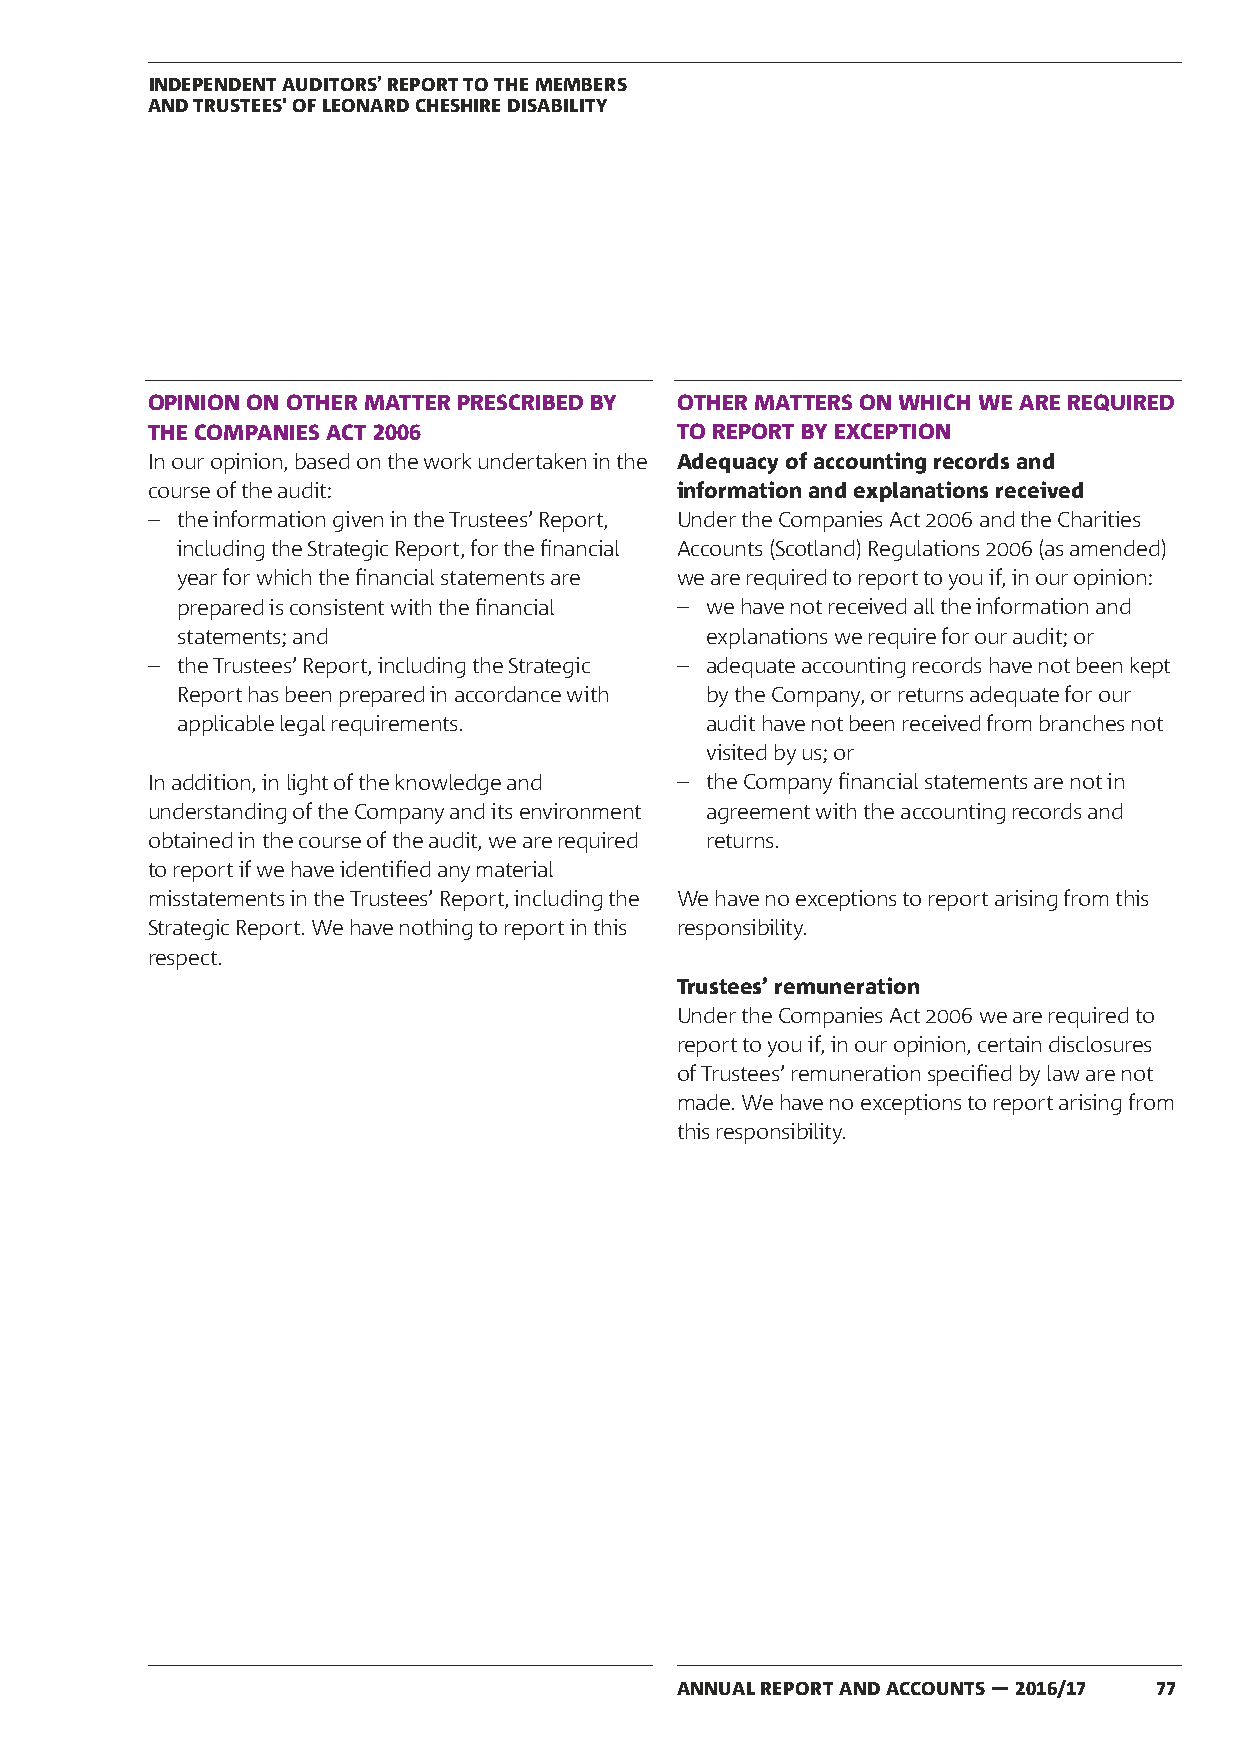
INDEPENDENT AUDITORS’ REPORT TO THE MEMBERS
 AND TRUSTEES' OF LEONARD CHESHIRE DISABILITY
 OPINION ON OTHER MATTER PRESCRIBED BY OTHER MATTERS ON WHICH WE ARE REQUIRED
 THE COMPANIES ACT 2006             TO REPORT BY EXCEPTION
 In our opinion, based on the work undertaken in the Adequacy of accounting records and
 course of the audit:               information and explanations received
 – the information given in the Trustees’ Report, Under the Companies Act 2006 and the Charities
 including the Strategic Report, for the financial Accounts (Scotland) Regulations 2006 (as amended)
 year for which the financial statements are we are required to report to you if, in our opinion:
 prepared is consistent with the financial – we have not received all the information and
 statements; and                    explanations we require for our audit; or
 – the Trustees’ Report, including the Strategic – adequate accounting records have not been kept
 Report has been prepared in accordance with by the Company, or returns adequate for our
 applicable legal requirements.     audit have not been received from branches not
 visited by us; or
 In addition, in light of the knowledge and – the Company financial statements are not in
 understanding of the Company and its environment agreement with the accounting records and
 obtained in the course of the audit, we are required returns.
 to report if we have identified any material
 misstatements in the Trustees’ Report, including the We have no exceptions to report arising from this
 Strategic Report. We have nothing to report in this responsibility.
 respect.
 Trustees’ remuneration
 Under the Companies Act 2006 we are required to
 report to you if, in our opinion, certain disclosures
 of Trustees’ remuneration specified by law are not
 made. We have no exceptions to report arising from
 this responsibility.
 ANNUAL REPORT AND ACCOUNTS — 2016/17 77